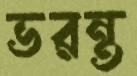
ভরন্ত